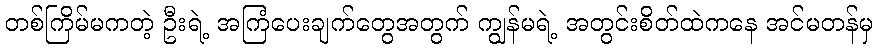
တစ်ကြိမ်မကတဲ့ ဦးရဲ့ အကြံပေးချက်တွေအတွက် ကျွန်မရဲ့ အတွင်းစိတ်ထဲကနေ အင်မတန်မှ